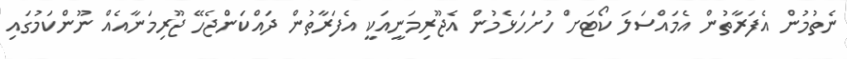
ނެތުމުން އެފަރާތުން އެމައްސަލަ ކޯޓަށް ހުށަހަޅެމުން އެޖޫރިމަނީއަކީ އެފަރާތުން ދައްކަންޖެހޭ ޖޫރިމަނާއެއް ނޫންކަމުގައި